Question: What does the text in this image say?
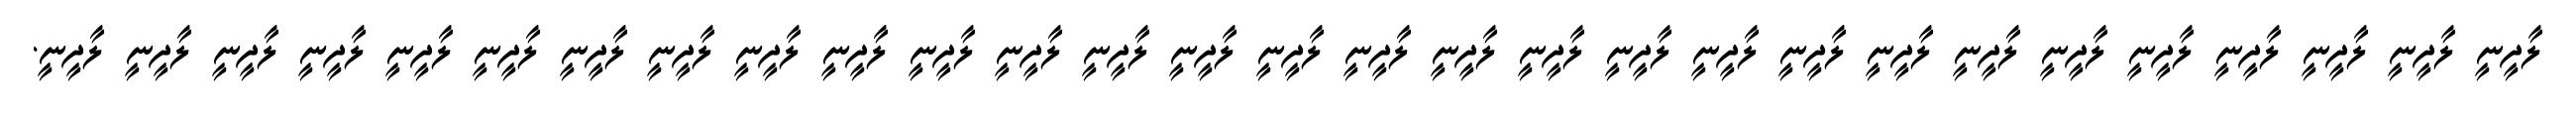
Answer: ލާދީނީ ލާދީނީ ލާދީނީ ލާދީނީ ލާދީނީ ލާދީނީ ލާދީނީ ލާދީނީ ލާދީނީ ލާދީނީ ލާދީނީ ލާދީނީ ލާދީނީ ލާދީނީ ލާދީނީ ލާދީނީ ލާދީނީ ލާދީނީ ލާދީނީ ލާދީނީ ލާދީނީ ލާދީނީ ލާދީނީ ލާދީނީ ލާދީނީ ލާދީނީ ލާދީނީ ލާދީނީ ލާދީނީ.